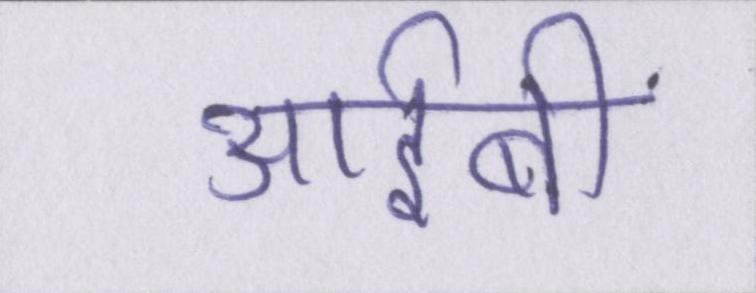
आईबी